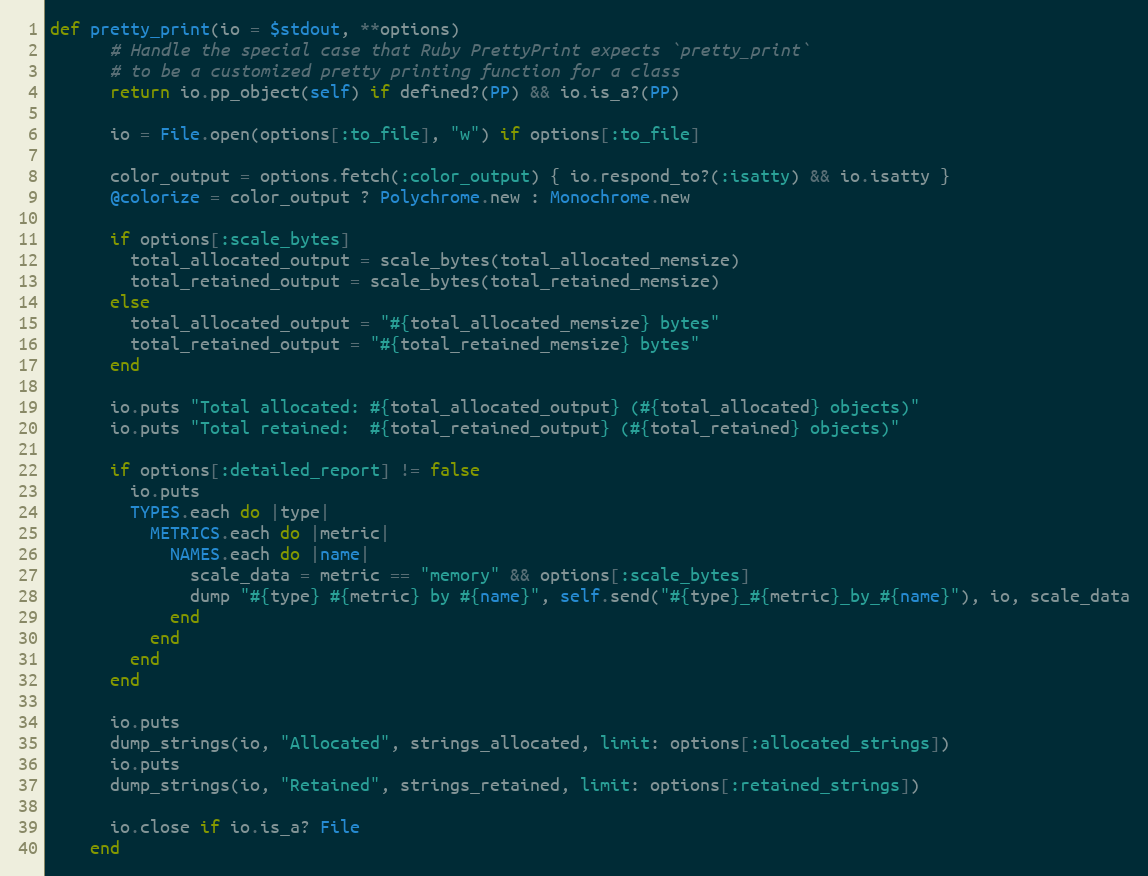
Language: Ruby
def pretty_print(io = $stdout, **options)
      # Handle the special case that Ruby PrettyPrint expects `pretty_print`
      # to be a customized pretty printing function for a class
      return io.pp_object(self) if defined?(PP) && io.is_a?(PP)

      io = File.open(options[:to_file], "w") if options[:to_file]

      color_output = options.fetch(:color_output) { io.respond_to?(:isatty) && io.isatty }
      @colorize = color_output ? Polychrome.new : Monochrome.new

      if options[:scale_bytes]
        total_allocated_output = scale_bytes(total_allocated_memsize)
        total_retained_output = scale_bytes(total_retained_memsize)
      else
        total_allocated_output = "#{total_allocated_memsize} bytes"
        total_retained_output = "#{total_retained_memsize} bytes"
      end

      io.puts "Total allocated: #{total_allocated_output} (#{total_allocated} objects)"
      io.puts "Total retained:  #{total_retained_output} (#{total_retained} objects)"

      if options[:detailed_report] != false
        io.puts
        TYPES.each do |type|
          METRICS.each do |metric|
            NAMES.each do |name|
              scale_data = metric == "memory" && options[:scale_bytes]
              dump "#{type} #{metric} by #{name}", self.send("#{type}_#{metric}_by_#{name}"), io, scale_data
            end
          end
        end
      end

      io.puts
      dump_strings(io, "Allocated", strings_allocated, limit: options[:allocated_strings])
      io.puts
      dump_strings(io, "Retained", strings_retained, limit: options[:retained_strings])

      io.close if io.is_a? File
    end